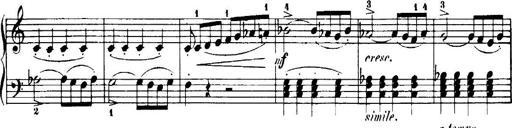
Title: 7 Sonatinas
Composer: Anton Diabelli